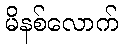
မိနစ်လောက်